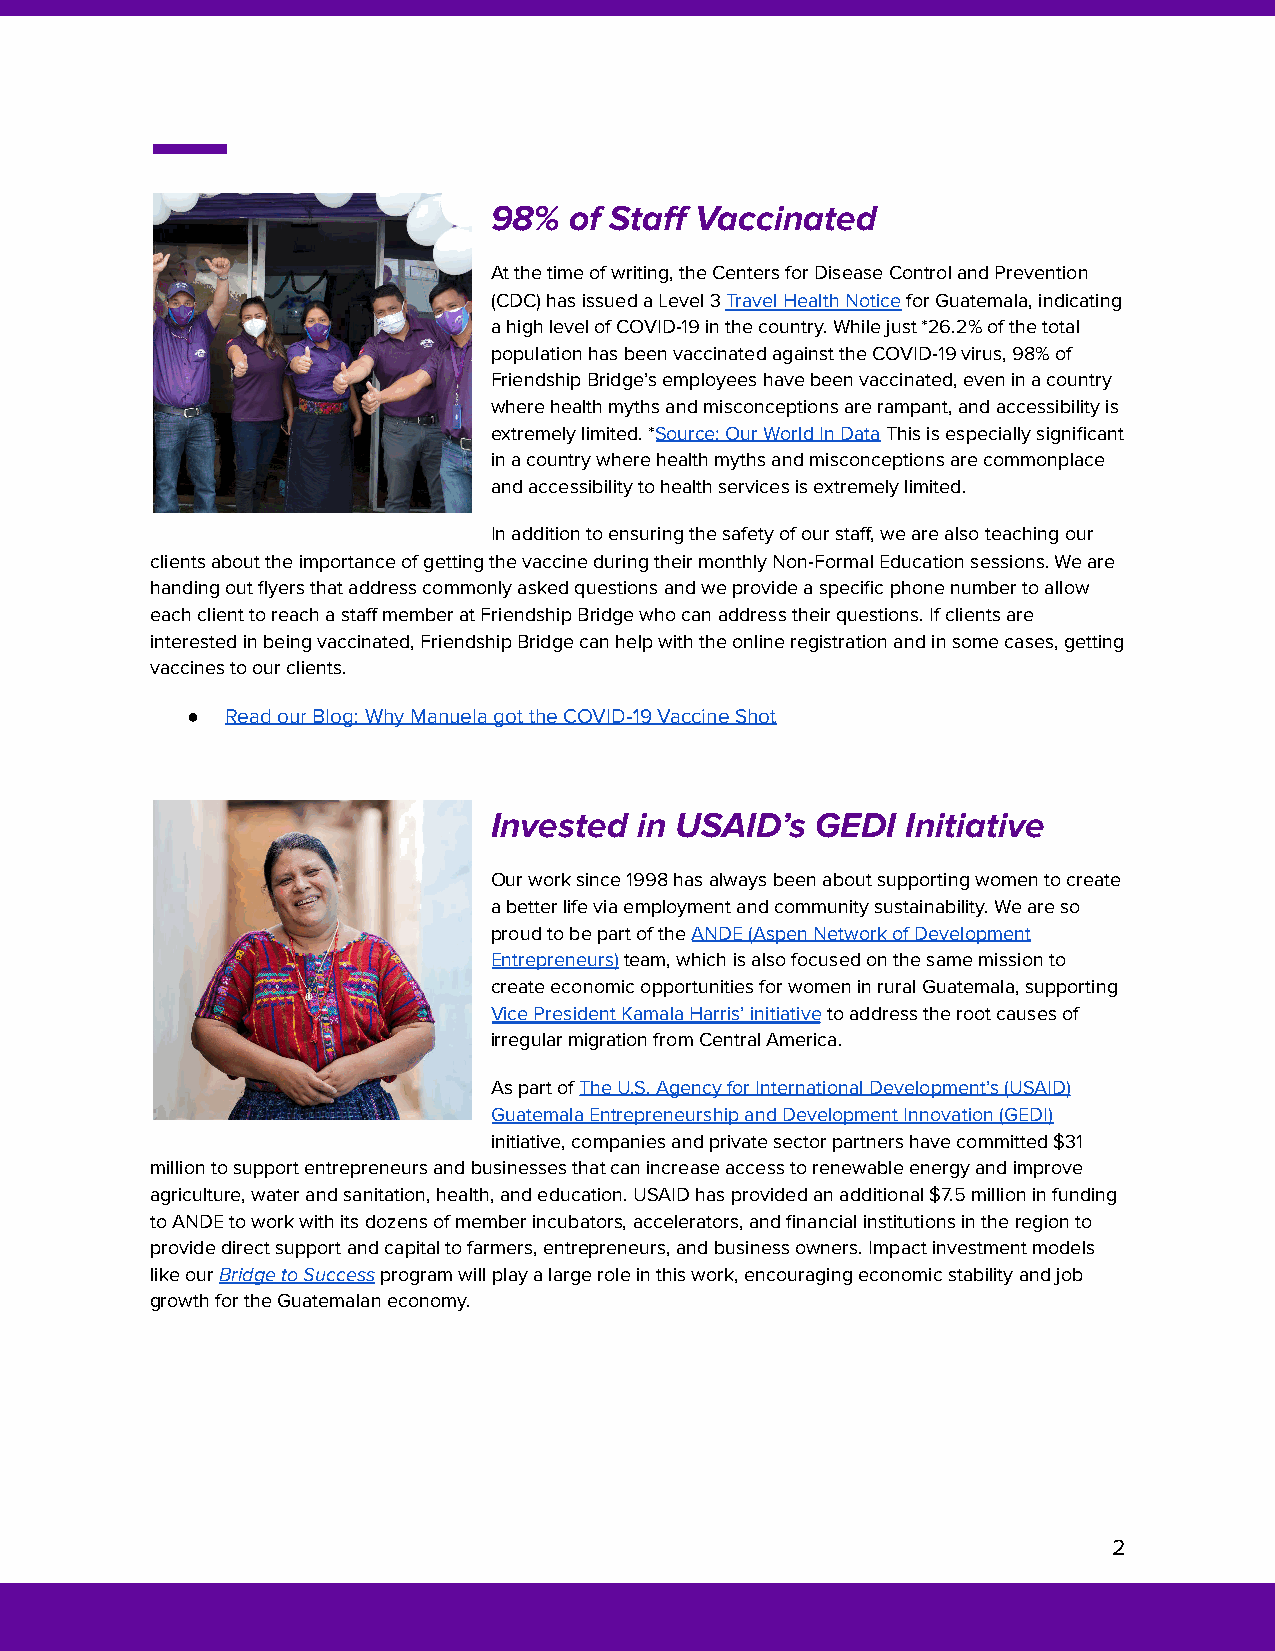
98%   of Staff Vaccinated
 At the time of writing, the Centers for Disease Control and Prevention
 (CDC) has issued a Level 3Travel Health NoticeforGuatemala, indicating
 a high level of COVID-19 in the country. While just *26.2% of the total
 population has been vaccinated against the COVID-19 virus, 98% of
 Friendship Bridge’s employees have been vaccinated, even in a country
 where health myths and misconceptions are rampant, and accessibility is
 extremely limited. *Source: Our World In DataThisis especially significant
 in a country where health myths and misconceptions are commonplace
 and accessibility to health services is extremely limited.
 In addition to ensuring the safety of our staff, we are also teaching our
 clients about the importance of getting the vaccine during their monthly Non-Formal Education sessions. We are
 handing out flyers that address commonly asked questions and we provide a specific phone number to allow
 each client to reach a staff member at Friendship Bridge who can address their questions. If clients are
 interested in being vaccinated, Friendship Bridge can help with the online registration and in some cases, getting
 vaccines to our clients.
 ●  Read our Blog: Why Manuela got the COVID-19 Vaccine Shot
 Invested  in USAID’s  GEDI  Initiative
 Our work since 1998 has always been about supporting women to create
 a better life via employment and community sustainability. We are so
 proud to be part of theANDE (Aspen Network of Development
 Entrepreneurs)team, which is also focused on thesame mission to
 create economic opportunities for women in rural Guatemala, supporting
 Vice President Kamala Harris’ initiativeto addressthe root causes of
 irregular migration from Central America.
 As part ofThe U.S. Agency for International Development’s(USAID)
 Guatemala Entrepreneurship and Development Innovation (GEDI)
 initiative, companies and private sector partners have committed $31
 million to support entrepreneurs and businesses that can increase access to renewable energy and improve
 agriculture, water and sanitation, health, and education. USAID has provided an additional $7.5 million in funding
 to ANDE to work with its dozens of member incubators, accelerators, and financial institutions in the region to
 provide direct support and capital to farmers, entrepreneurs, and business owners. Impact investment models
 like ourBridge to Successprogram will play a largerole in this work, encouraging economic stability and job
 growth for the Guatemalan economy.
 2